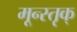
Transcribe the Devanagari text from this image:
मून्स्तृक्